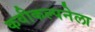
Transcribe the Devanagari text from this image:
कवीकल्पनेला